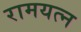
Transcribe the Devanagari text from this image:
रामयत्न